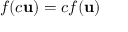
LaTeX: f ( c \mathbf { u } ) = c f ( \mathbf { u } )